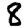
Digit: 8